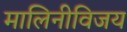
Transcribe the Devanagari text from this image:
मालिनीविजय